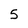
Character: 5